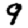
Digit: 9